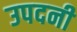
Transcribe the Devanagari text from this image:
उपदनी